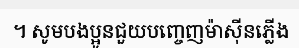
។ សូមបងប្អូនជួយបញ្ចេញម៉ាស៊ីនភ្លើង